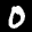
Label: 0